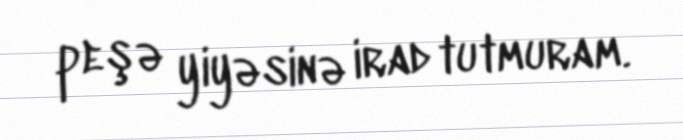
peşə yiyəsinə irad tutmuram.